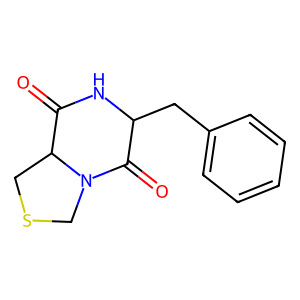
SMILES: O=C1NC(Cc2ccccc2)C(=O)N2CSCC12
Inhibits HIV replication: No